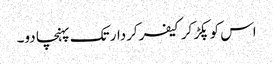
اس کو پکڑ کر کیفر کردار تک پہنچا دو۔